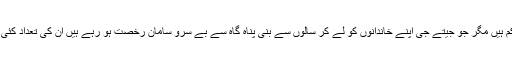
مرنے والے کم ہیں مگر جو جیتے جی اپنے خاندانوں کو لے کر سالوں سے بنی پناہ گاہ سے بے سرو سامان رخصت ہو رہے ہیں ان کی تعداد کئی گنا زیادہ ہے۔